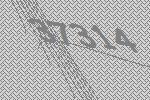
37314